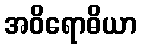
အဝိရောဓိယာ